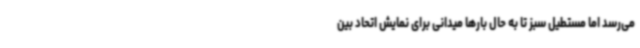
می‌رسد اما مستطیل سبز تا به حال بارها میدانی برای نمایش اتحاد بین